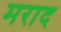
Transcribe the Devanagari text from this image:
मराद